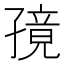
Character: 𫲭